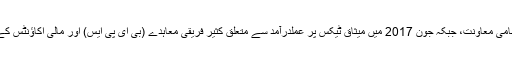
پاکستان نے ستمبر 2016 میں ٹیکس معاملات سے متعلق مشترکہ انتظامی معاونت، جبکہ جون 2017 میں میثاق ٹیکس پر عملدرآمد سے متعلق کثیر فریقی معاہدے (بی ای پی ایس) اور مالی اکاؤنٹس کے آٹومیٹک تبادلے (ایم سی اے اے) کے معاہدے میں دستخط کیے تھے۔